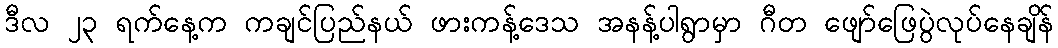
ဒီလ ၂၃ ရက်နေ့က ကချင်ပြည်နယ် ဖားကန့်ဒေသ အနန့်ပါရွာမှာ ဂီတ ဖျော်ဖြေပွဲလုပ်နေချိန်